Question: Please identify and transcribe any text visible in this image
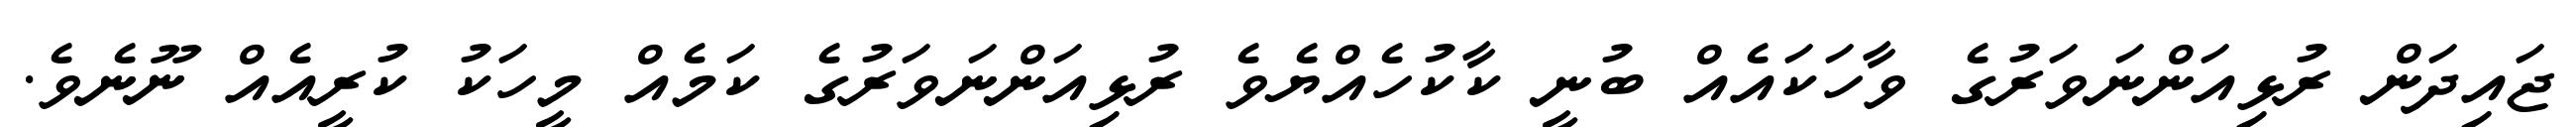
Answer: ޖައިދަން ރުޅިއަންނަވަރުގެ ވާހަކައެއް ބުނީ ކާކުހެއްޔެވެ ރުޅިއަންނަވަރުގެ ކަމެއް މީހަކު ކުރީއެއް ނޫނެވެ.